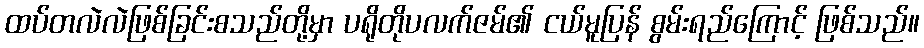
ထပ်တလဲလဲဖြစ်ခြင်းစသည်တို့မှာ ပရိုတိုပလက်ဇမ်၏ ငယ်မူပြန် စွမ်းရည်ကြောင့် ဖြစ်သည်။